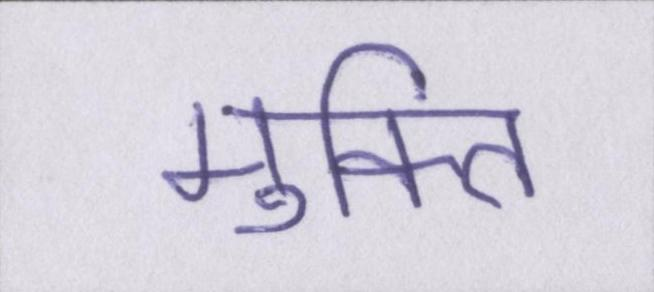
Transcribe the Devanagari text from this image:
मुक्ति